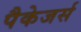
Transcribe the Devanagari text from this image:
पैकेजर्स